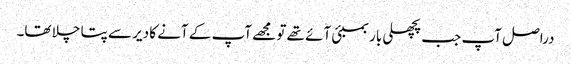
دراصل آپ جب پچھلی بار بمبئی آئے تھے تو مجھے آپ کے آنے کا دیر سے پتا چلا تھا۔